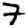
Digit: 7